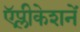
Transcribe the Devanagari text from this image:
ऍप्लीकेशनें